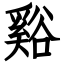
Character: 谿